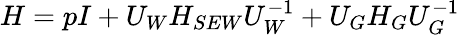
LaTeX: H=pI+U_{W}H_{SEW}U_{W}^{-1}+U_{G}H_{G}U_{G}^{-1}